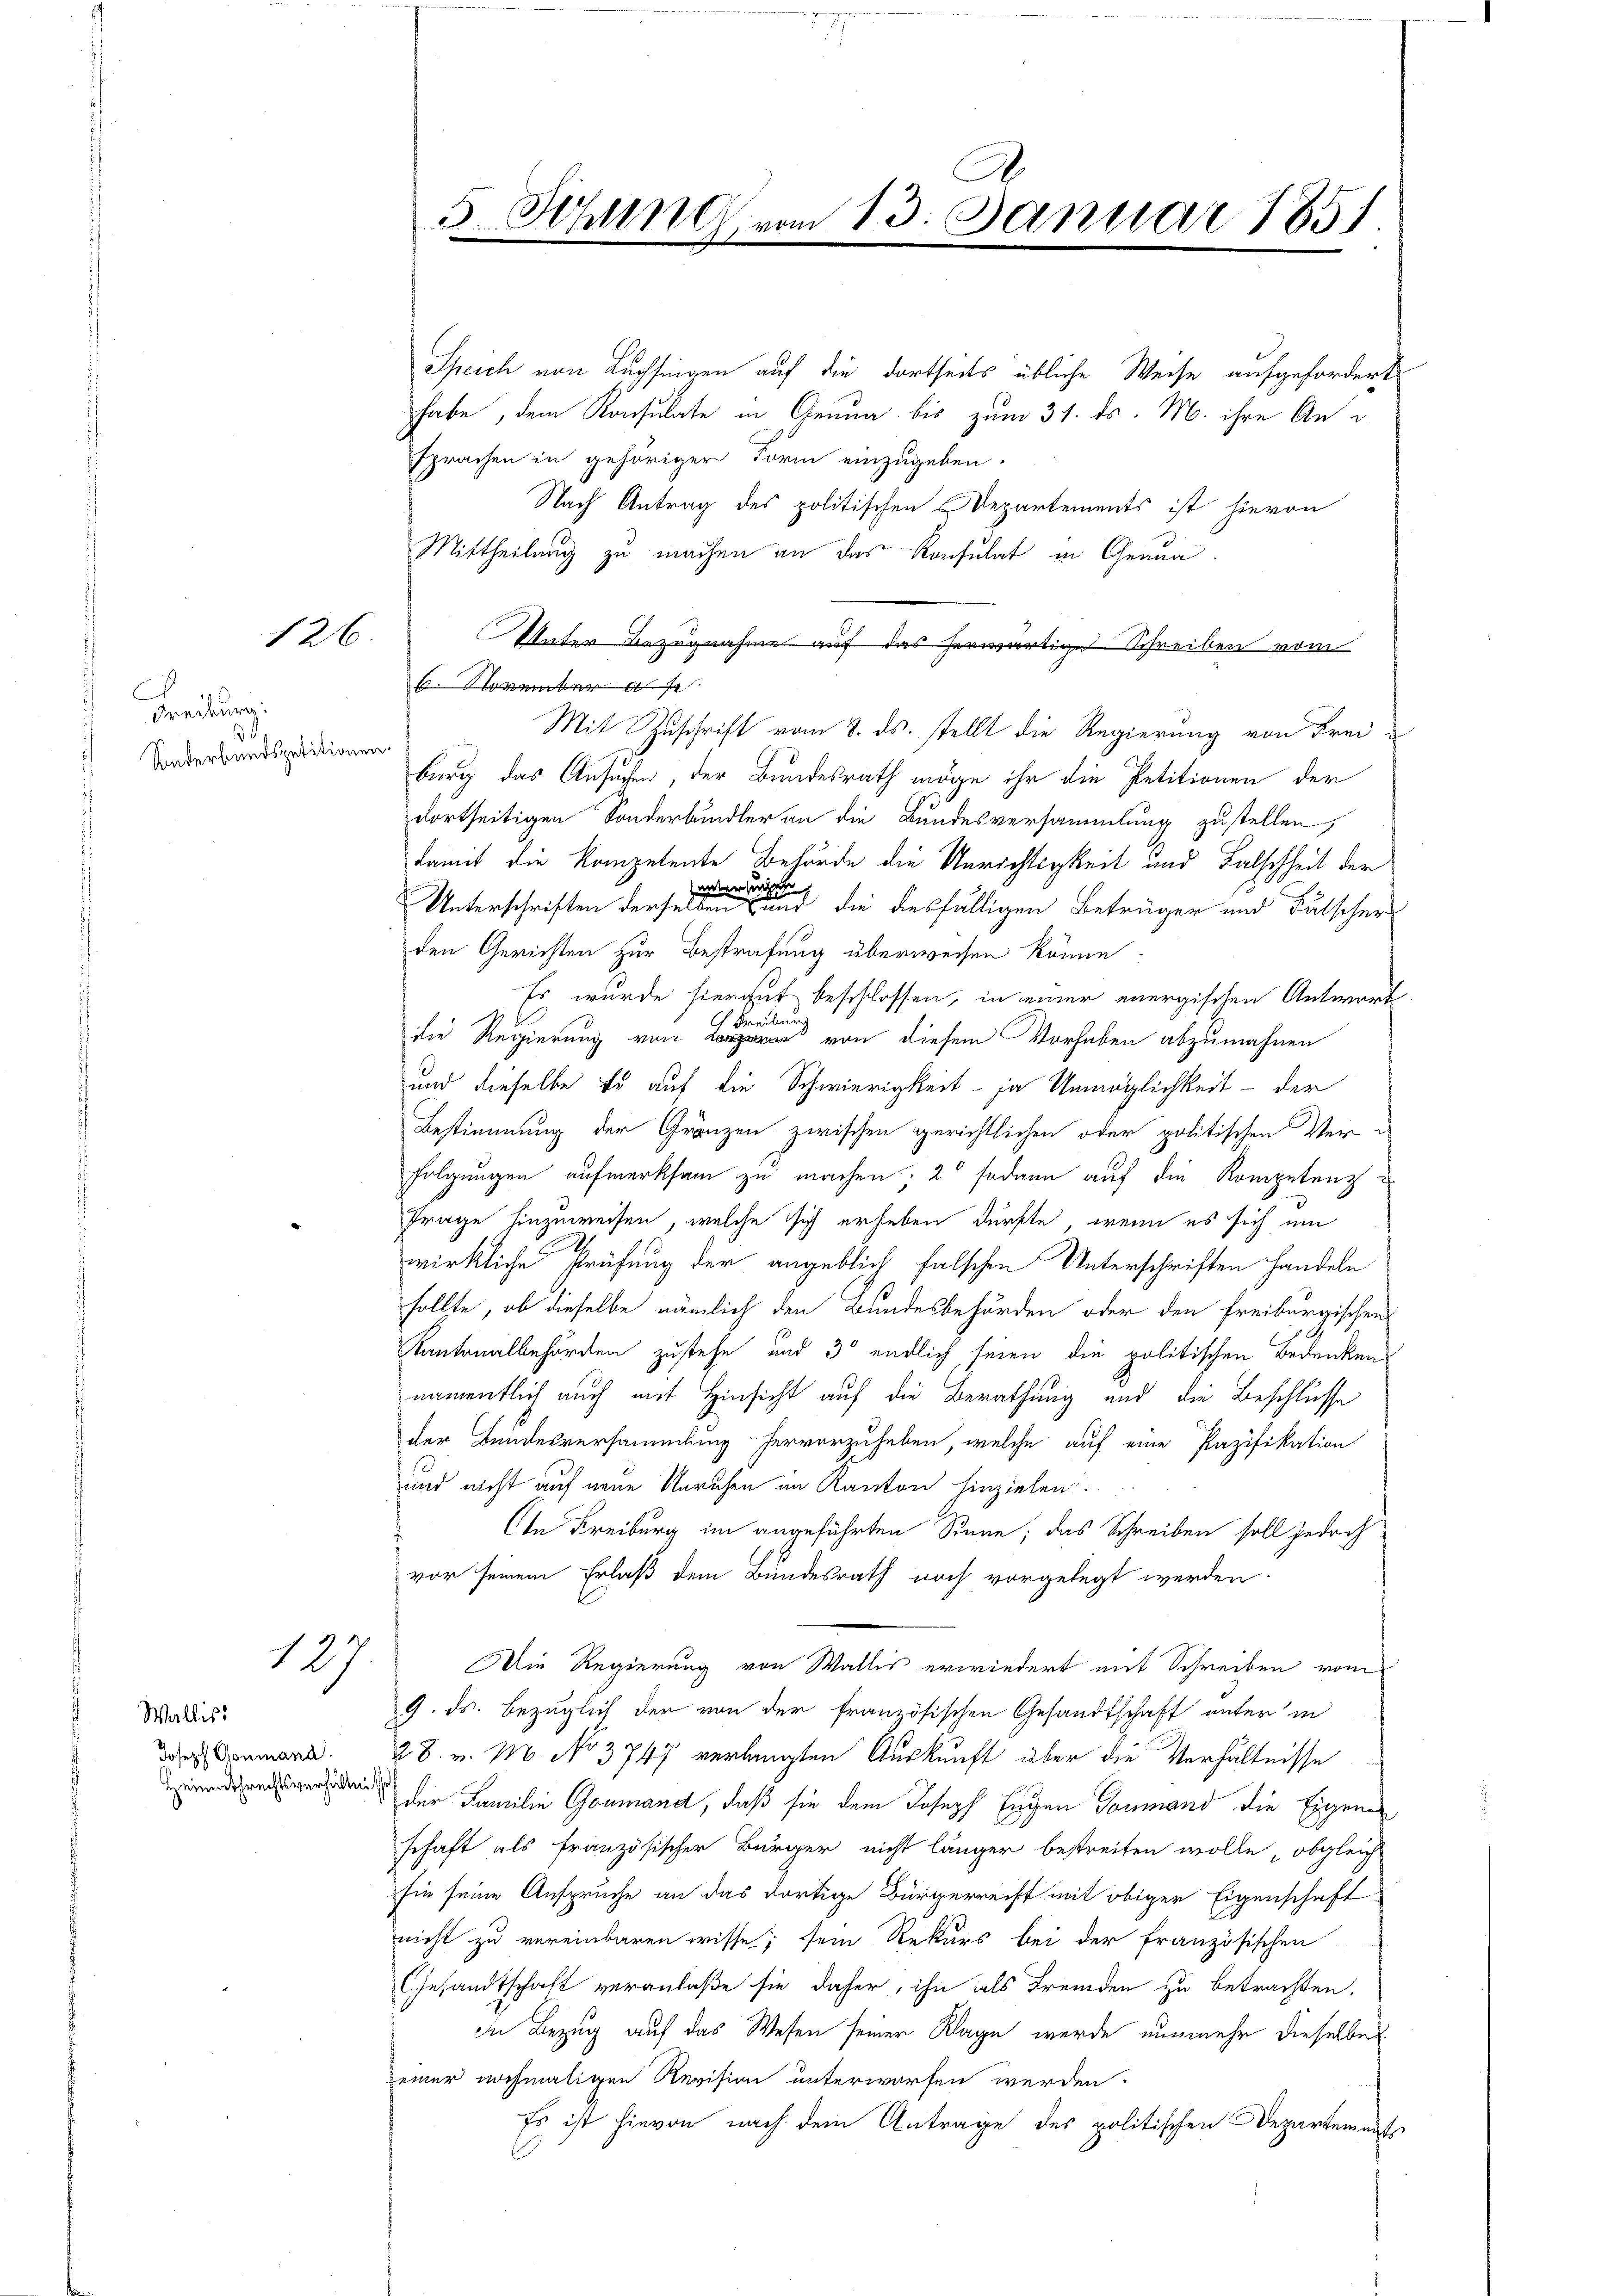
126

Freiburg
Sonderbundspetitionen.

127

Wallis:
Joseph Gonmana.
Heimathrechtsverhältn

Speich von Lupfingen auf die dortseits übliche Weise aufgefordert
habe, dem Konsulate in Genua bis zum 31. ds. M. ihre Ansprachen in gehöriger Form einzugeben.
Nach Antrag des politischen Departements ist hievon
Mittheilung zu machen an das Konsulat in Genua
Unter Bezugnahme auf das herwärtige Schreiben vom
. November
Mit Zuschrift vom 8. ds. stellt die Regierung von Freiburg das Ansuchen, der Bundesrath möge ihr die Petitionen der
dortseitigen Sonderbindler an die Bundesversammlung zustellen,
damit die Kompetente Behörde die Unrichtigkeit und Falschheit der
unternden
Unterschriften derselben und die diesfälligen Betrüger und Fälscher
den Gerichten zur Bestrafung überweisen könne
Es wurde hiergut beschlossen, in einer energischen Antwort
 Freibur
die Regierung von von diesem Vorhaben abzumahnen
und dieselbe Er auf die Schwierigkeit - ja Unmöglichkeit - der
Bestimmung der Gränzen zwischen gerichtlichen oder politischen Ver-
folgungen aufmerksam zu machen. 2 sodann auf die Kompetenz
Frage hinzuweisen, welche sich erheben dürfte, wenn es sich ein
wirkliche Prüfung der angeblich falschen Unterschriften handeln
sollte, ob dieselbe nämlich den Bundesbehörden oder den freiburgischen
Kantonalbehörden zustehe und 3 endlich seien die politischen Bedenken
namentlich auch mit Hinsicht auf die Berathung und die Beschlusse
der Bundesversammlung hervorzuheben, welche auf eine Pazifikation
und nicht auf neue Unruhen an Kanton hinzielen
An Freiburg im angeführten Sonne; das Schreiben soll jedoch
vor seinem Erlaß dem Bundesrath noch vorgelegt werden.
Die Regierung von Wallis erwiedert mit Schreiben vom
9. ds. bezüglich der von der französischen Gesandtschaft unter in
28. v. M. No 3747 verlangten Auskunft aber die Verhältnisse
der Familie Goumand, daß sie dem Joseph Eugen Formand die Eigene
schaft als französischer Bürger nicht länger bestreiten wolle, obgleich
hin seine Anspruche an das dortige Bürgerrecht mit obiger Eigenschaft
nicht zu vereinbaren wisse; sein Rekurs bei der französischen
Gesandtschaft veranlaße sie daher, ihn als Fremden zu betrachten.
In Bezug auf das Wesen seiner Klage werde nunmehr dieselbe
seiner nochmaligen Revision unterworfen werden.
Es ist hievon nach dem Antrage des politischen Departements

A.
5 Schlin vom 13. Januar 1851